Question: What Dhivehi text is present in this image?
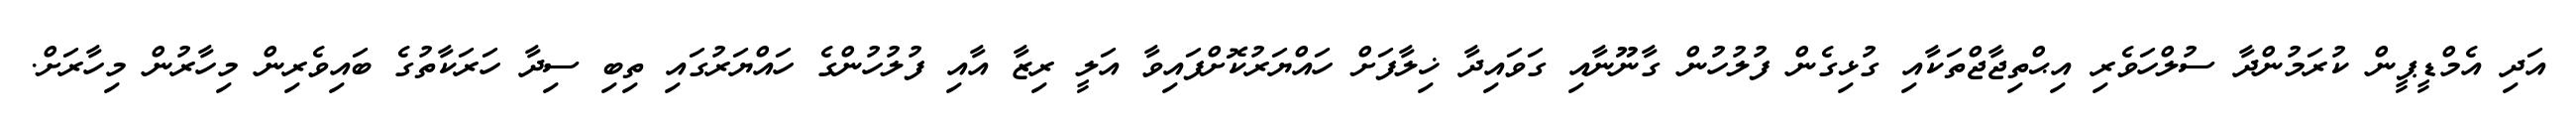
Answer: އަދި އެމްޑީޕީން ކުރަމުންދާ ސުލްހަވެރި އިޙްތިޖާޖްތަކާއި ގުޅިގެން ފުލުހުން ގާނޫނާއި ގަވައިދާ ޚިލާފަށް ހައްޔަރުކޮށްފައިވާ އަލީ ރިޒާ އާއި ފުލުހުންގެ ހައްޔަރުގައި ތިބި ސިދާ ހަރަކާތުގެ ބައިވެރިން މިހާރުން މިހާރަށް.